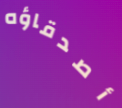
أصدقاؤه